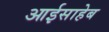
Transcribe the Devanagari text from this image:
आईसाहेब